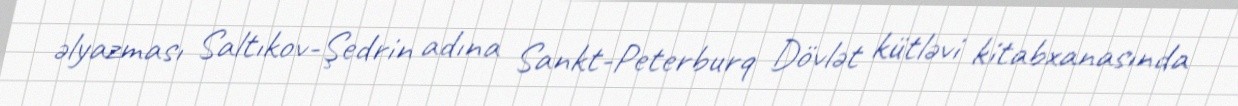
əlyazması Saltıkov-Şedrin adına Sankt-Peterburq Dövlət kütləvi kitabxanasında